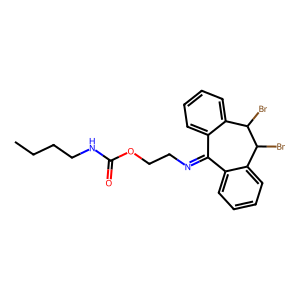
SMILES: CCCCNC(=O)OCCN=C1c2ccccc2C(Br)C(Br)c2ccccc21
Inhibits HIV replication: No